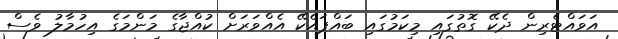
އަވައްޓެރިން ދެކޭ ގޮތުގައި މިކަމުގައި ބައްޕައެކޭ އެއްވަރަށް ކުއްޖާގެ މަންމަގެ އިހުމާލު ވެސް